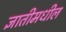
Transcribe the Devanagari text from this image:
ज्ञातीमधील